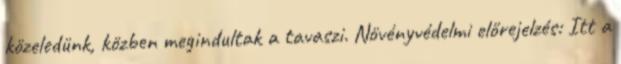
közeledünk, közben megindultak a tavaszi. Növényvédelmi előrejelzés: Itt a